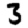
Digit: 3